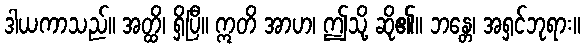
ဒါယကာသည်။ အတ္ထိ၊ ရှိပြီ။ ဣတိ အာဟ၊ ဤသို့ ဆို၏။ ဘန္တေ၊ အရှင်ဘုရား။